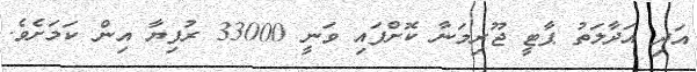
އަދި އަދާލަތު ޕާޓީ ޖޫރިމަނާ ކޮށްފައި ވަނީ 33000 ރުފިޔާ އިން ކަމަށެވެ.